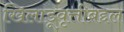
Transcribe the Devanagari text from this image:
खिलाडूवृत्तीबद्दल